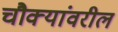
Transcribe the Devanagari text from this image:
चौक्यांवरील